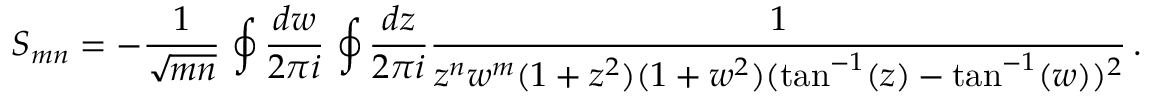
S _ { m n } = - { \frac { 1 } { \sqrt { m n } } } \, \ointop { \frac { d w } { 2 \pi i } } \, \ointop { \frac { d z } { 2 \pi i } } { \frac { 1 } { z ^ { n } w ^ { m } ( 1 + z ^ { 2 } ) ( 1 + w ^ { 2 } ) ( \tan ^ { - 1 } ( z ) - \tan ^ { - 1 } ( w ) ) ^ { 2 } } } \, .